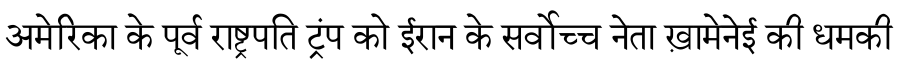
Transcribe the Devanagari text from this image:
अमेरिका के पूर्व राष्ट्रपति ट्रंप को ईरान के सर्वोच्च नेता ख़ामेनेई की धमकी